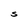
Character: S